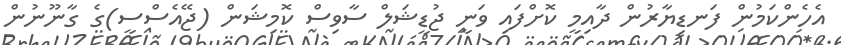
އެހެންކަމުން ފަނޑިޔާރުން ދާއިމީ ކޮށްފައި ވަނީ ޖުޑީޝަލް ސާވިސް ކޮމިޝަން (ޖޭއެސްސީ)ގެ ގާނޫނުން